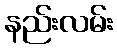
နည်းလမ်း